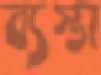
ব্যস্তা